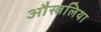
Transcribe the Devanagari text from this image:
औस्त्रलिया